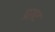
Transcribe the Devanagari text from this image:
प्रग़ट